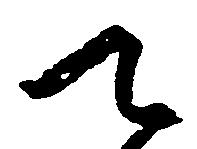
て